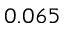
0 . 0 6 5